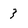
Character: 3